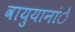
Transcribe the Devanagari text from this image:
वायुयानांे